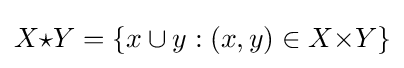
X{\mathord {\star }}{Y}=\{x\cup {y}:(x,y)\in {X{\mathord {\times }}{Y}}\}